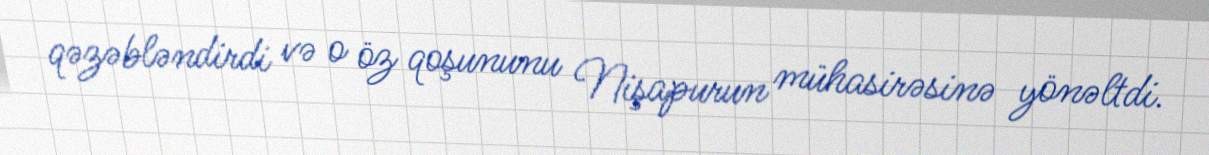
qəzəbləndirdi və o öz qoşununu Nişapurun mühasirəsinə yönəltdi.